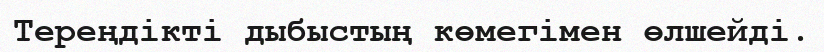
Тереңдікті дыбыстың көмегімен өлшейді.